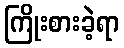
ကြိုးစားခဲ့ရာ